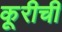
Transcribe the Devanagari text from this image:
कूरीची